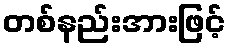
တစ်နည်းအားဖြင့်